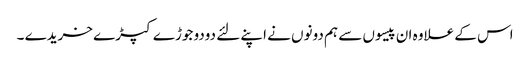
اس کے علاوہ ان پیسوں سے ہم دونوں نے اپنے لئے دودو جوڑے کپڑے خریدے ۔